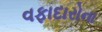
વફાદારોના